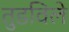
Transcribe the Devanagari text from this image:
तुडविले